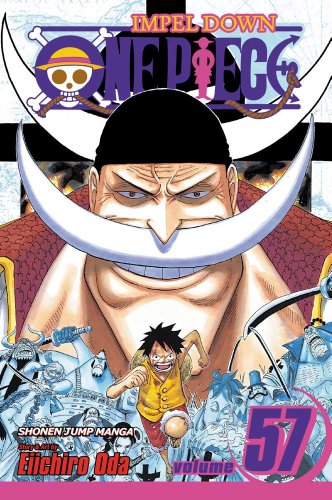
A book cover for One Piece, Vol. 57; Eiichiro Oda; Children's Books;